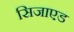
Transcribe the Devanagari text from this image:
सिजाएड